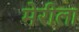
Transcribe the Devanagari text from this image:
मेरीला